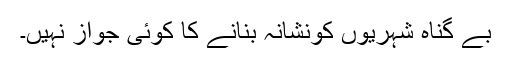
بے گناہ شہریوں کونشانہ بنانے کا کوئی جواز نہیں۔